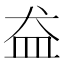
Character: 𱲋